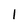
Character: I